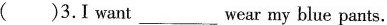
( )3.I want___wear my blue pants.